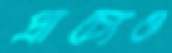
প্রাচ্যেও